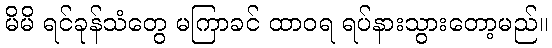
မိမိ ရင်ခုန်သံတွေ မကြာခင် ထာဝရ ရပ်နားသွားတော့မည်။